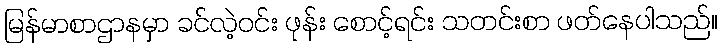
မြန်မာစာဌာနမှာ ခင်လဲ့ဝင်း ဖုန်း စောင့်ရင်း သတင်းစာ ဖတ်နေပါသည်။